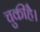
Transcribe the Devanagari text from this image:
चुकीहै।